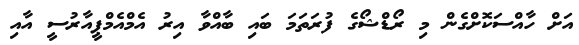
އަށް ހާއްސަކޮށްގެން މި ރޯޑްޝޯގެ ފުރަތަމަ ބައި ބާއްވާ އިރު އެމްއެމްޕީއާރުސީ އާއި